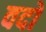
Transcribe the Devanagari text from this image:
वदों